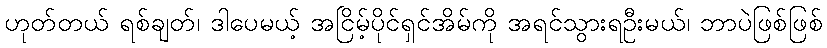
ဟုတ်တယ် ရစ်ချတ်၊ ဒါပေမယ့် အငြိမ့်ပိုင်ရှင်အိမ်ကို အရင်သွားရဦးမယ်၊ ဘာပဲဖြစ်ဖြစ်